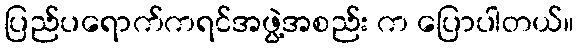
ပြည်ပရောက်ကရင်အဖွဲ့အစည်း က ပြောပါတယ်။